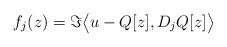
LaTeX: \begin{align*}f_j(z) = \Im\bigl\langle u-Q[z],D_jQ[z]\bigr\rangle\end{align*}